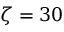
\zeta = 3 0